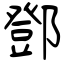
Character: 鄧